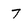
Character: 7